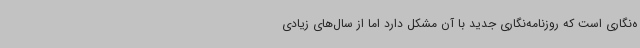
ه‌نگاری است که روزنامه‌نگاری جدید با آن مشکل دارد اما از سال‌های زیادی